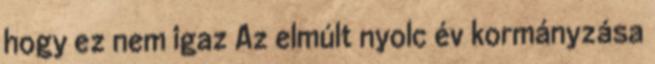
hogy ez nem igaz Az elmúlt nyolc év kormányzása